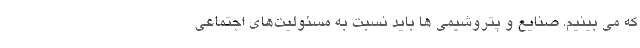
که می بینیم. صنایع و پتروشیمی ها باید نسبت به مسئولیت‌های اجتماعی